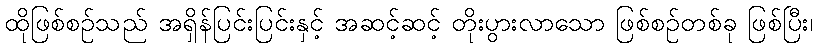
ထိုဖြစ်စဉ်သည် အရှိန်ပြင်းပြင်းနှင့် အဆင့်ဆင့် တိုးပွားလာသော ဖြစ်စဉ်တစ်ခု ဖြစ်ပြီး၊